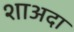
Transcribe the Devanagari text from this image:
शाअदा